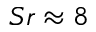
S r \approx 8